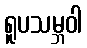
ရူပသမ္ဘဝါ